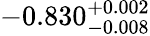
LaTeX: -0.830_{-0.008}^{+0.002}